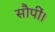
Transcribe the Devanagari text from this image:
सौपीं।